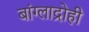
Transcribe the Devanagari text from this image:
बांग्लाद्रोही